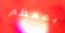
بمعظم